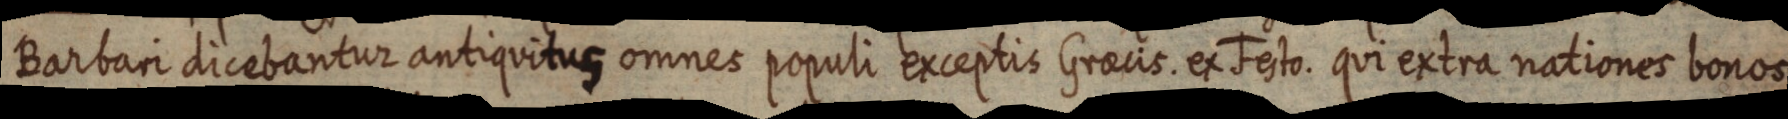
Barbari dicebantur antiquitus omnes populi exceptis Graecis. ex Festo. qui extra nationes bonos